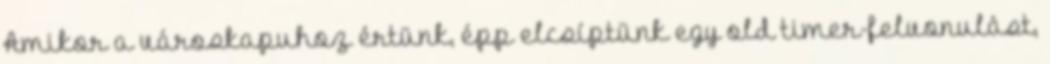
Amikor a városkapuhoz értünk, épp elcsíptünk egy old timer-felvonulást,